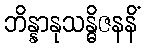
ဘိန္နာနုသန္ဓိဇနနိံ